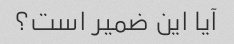
آیا این ضمیر است؟